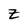
Character: Z